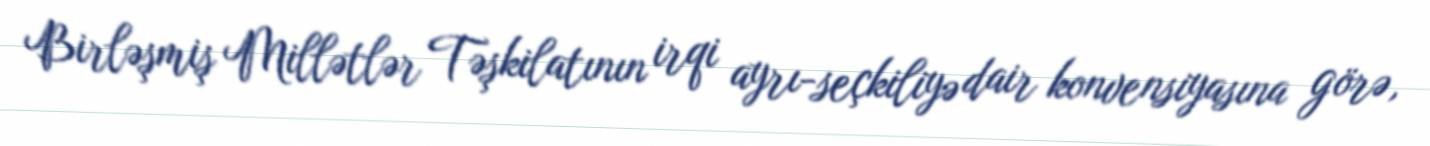
Birləşmiş Millətlər Təşkilatının irqi ayrı-seçkiliyə dair konvensiyasına görə,